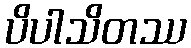
ပိပါသိတဿ